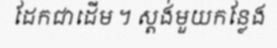
ដែកជាដើម ។ ស្តង់មួយកន្លែង